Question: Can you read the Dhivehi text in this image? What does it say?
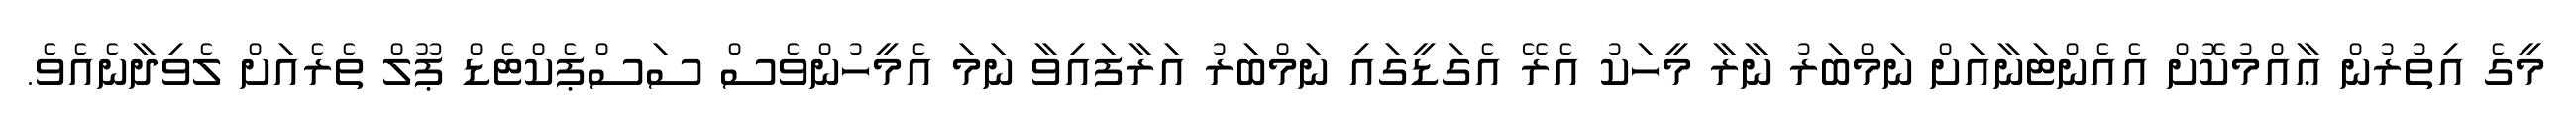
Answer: މީގެ އިތުރުން ޢާއްމުކޮށް އެއެންޓަނާއަށް ނަމްބަރު ނާރާ މީހަކު އެރޭ އެގަޑީގައި ނަމްބަރު އަރާފައިވާ ނަމަ އެމީހުންވެސް ސަސްޕެކްޓެޑް ޕޫލް ތެރެއަށް ލެވިދާނެއެވެ.